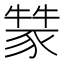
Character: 𤛚